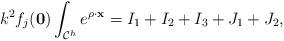
LaTeX: \begin{align*}k^2f_j(\mathbf 0)\int_{\mathcal C^h}e^{\rho \cdot \mathbf x}=I_1+I_2+I_3+J_1+J_2,\end{align*}